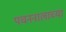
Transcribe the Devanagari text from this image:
पचननालाच्या